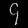
Digit: ၄